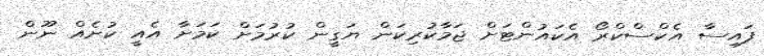
ފައިސާ އެކްސްކްރޯ އެކައުންޓަށް ޖަމާކުރިކަން ޔަގީން ކުރުމަށް ކަަމަށާ އެއީ ކުށެއް ނޫން